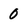
Character: 0